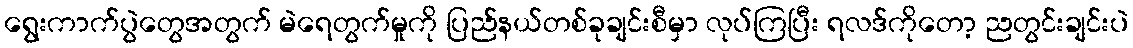
ရွေးကာက်ပွဲတွေအတွက် မဲရေတွက်မှုကို ပြည်နယ်တစ်ခုချင်းစီမှာ လုပ်ကြပြီး ရလဒ်ကိုတော့ ညတွင်းချင်းပဲ